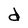
Character: d